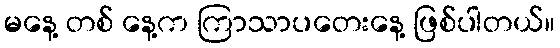
မနေ့ တစ် နေ့က ကြာသာပတေးနေ့ ဖြစ်ပါတယ်။